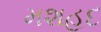
મશહદ